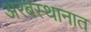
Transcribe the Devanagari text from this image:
अरबस्थानात